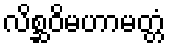
လိစ္ဆဝိမဟာမတ္တံ